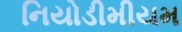
નિયોડીમીયમ